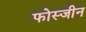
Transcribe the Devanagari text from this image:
फोस्जीन